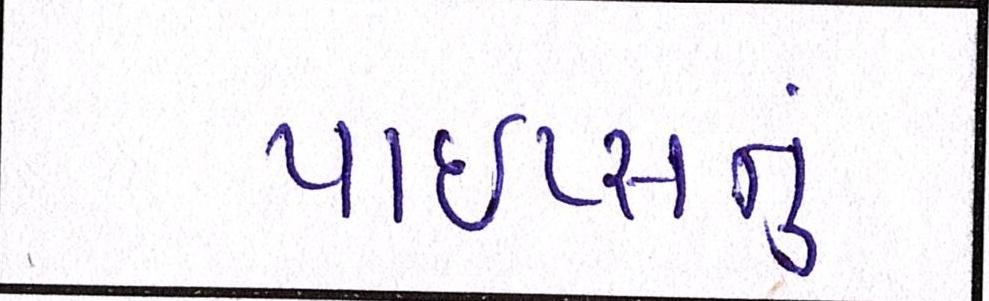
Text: પાઇપ્સનું